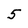
Character: 5